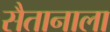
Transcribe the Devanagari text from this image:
सैतानाला